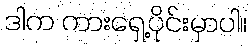
ဒါက ကားရှေ့ပိုင်းမှာပါ။